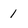
Character: 1